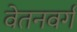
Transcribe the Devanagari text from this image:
वेतनवर्ग